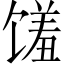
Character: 馐